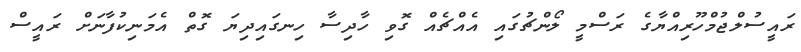
ރައީސުލްޖުމްހޫރިއްޔާގެ ރަސްމީ ލޯންޗުގައި އެއްޗެއް ގޮވި ހާދިސާ ހިނގައިދިޔަ ގޮތް އެމަނިކުފާނަށް ރައީސް